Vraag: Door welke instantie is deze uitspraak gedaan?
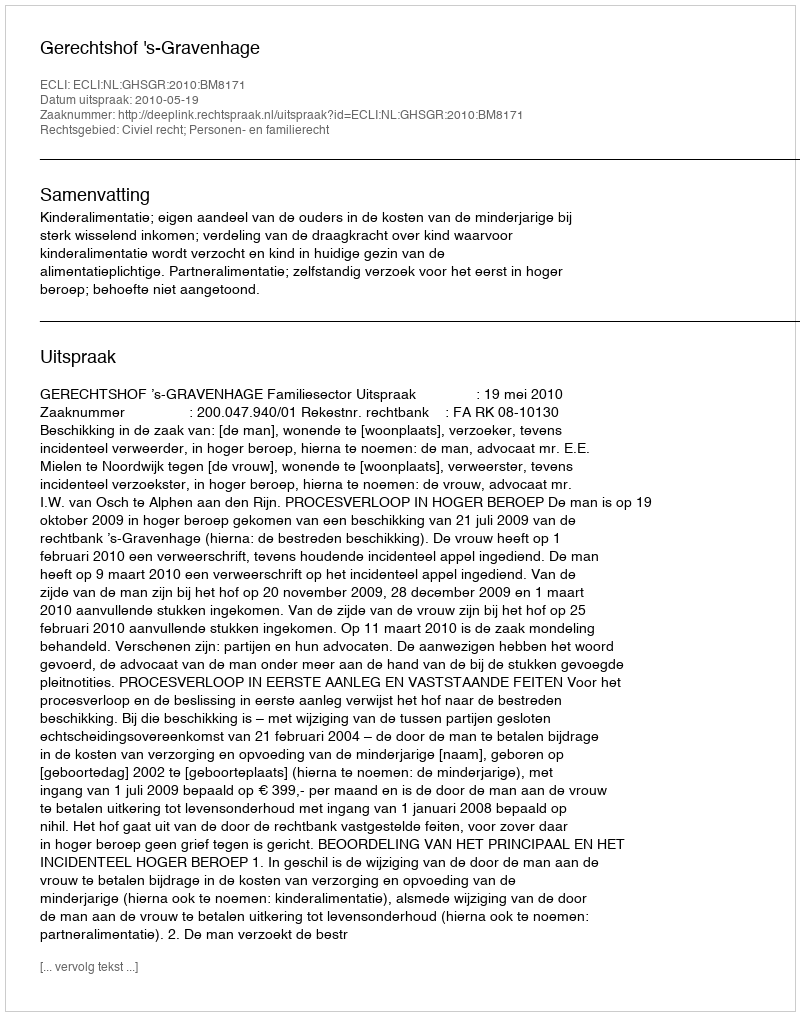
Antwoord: Gerechtshof 's-Gravenhage